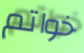
خواتم